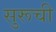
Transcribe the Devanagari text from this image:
सुरूची